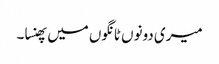
میری دونوں ٹانگوں میں پھنسا۔